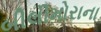
બીલીમોરાના